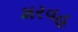
મરવહ